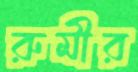
রুমীর